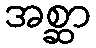
အစ္ဆာ